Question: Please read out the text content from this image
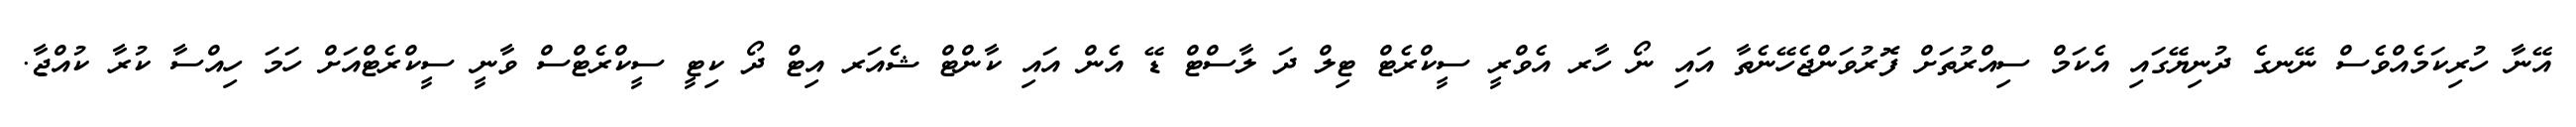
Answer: އޭނާ ހުރިކަމެއްވެސް ނޭނގެ ދުނިޔޭގައި އެކަމް ސިއްރުތަށް ފޮރުވަންޖެހޭނެތާ އައި ނޯ ހާރ އެވްރީ ސީކްރެޓް ޓިލް ދަ ލާސްޓް ޑޭ އެން އައި ކާންޓް ޝެއަރ އިޓް ދޯ ކިޓީ ސީކްރެޓްސް ވާނީ ސީކްރެޓްއަށް ހަމަ ހިއްސާ ކުރާ ކުއްޖާ.